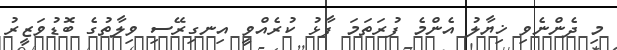
މި ދެންނެވި ޚިޔާލު އެންމެ ފުރަތަމަ ފާޅު ކުރެއްވީ އިނގިރޭސި ވިލާތުގެ ބޮޑުވަޒީރު